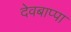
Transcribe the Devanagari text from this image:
देवबाप्पा